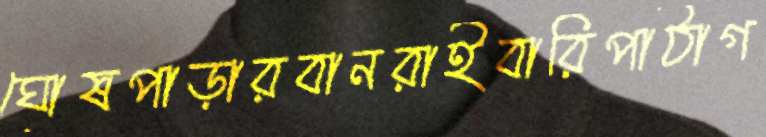
ঘোষপাড়ারবানরাইবারিপাঠাগ